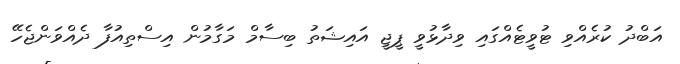
އަބްދު ކުރެއްވި ޓުވީޓެއްގައި ވިދާޅުވީ ޕީޖީ އައިޝަތު ބިސާމް މަގާމުން އިސްތިއުފާ ދެއްވަންޖެހޭ